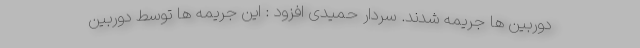
دوربین ها جریمه شدند. سردار حمیدی افزود : این جریمه ها توسط دوربین